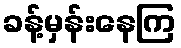
ခန့်မှန်းနေကြ